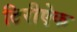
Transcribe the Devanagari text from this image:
टिरीऐक